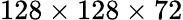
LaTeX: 128\times 128\times 72